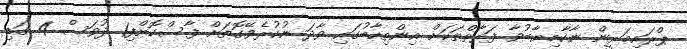
ޕްރައިމަރީން ނާކާމިޔާބުވާ ފަރާތްތަކަށް އިންތިހާބުގައި ވާދަ ނުކުރެވޭގޮތަށް ފާސްކޮށްފި1 ދުވަސް 4 ގަޑި